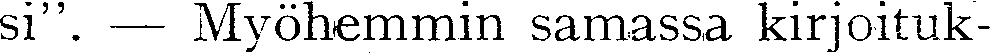
si''. — Myöhemmin samassa kirjoituk-